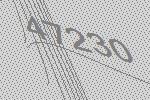
47230